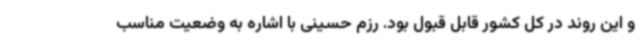
و این روند در کل کشور قابل قبول بود. رزم حسینی با اشاره به وضعیت مناسب